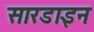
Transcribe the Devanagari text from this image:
सारडाइन